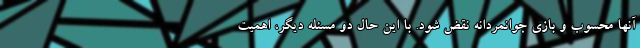
آنها محسوب و بازی جوانمردانه نقض شود. با این حال دو مسئله دیگر، اهمیت